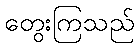
တွေးကြသည်